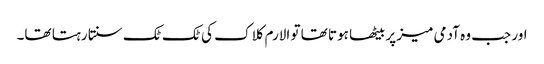
اور جب وہ آدمی میز پر بیٹھا ہوتا تھا تو الارم کلاک کی ٹک ٹک سنتا رہتا تھا۔